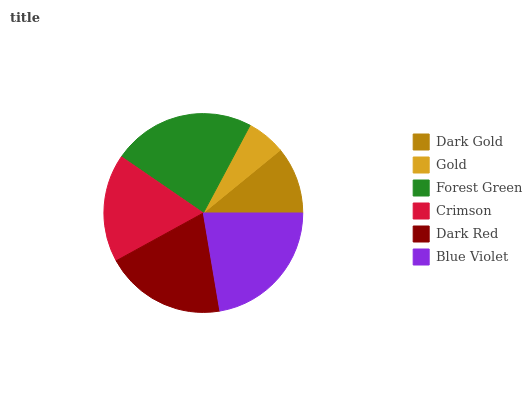
| Dark Gold | Gold | Forest Green | Crimson | Dark Red | Blue Violet |
 | --- | --- | --- | --- | --- | --- |
 | 10.9% | 6.3% | 23.2% | 17.5% | 19.7% | 22.3% |